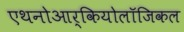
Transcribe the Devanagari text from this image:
एथनोआर्कियोलॉजिकल